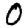
Digit: 0